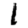
Digit: 1